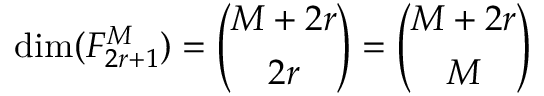
\mathrm { d i m } ( F _ { 2 r + 1 } ^ { M } ) = { \binom { M + 2 r } { 2 r } } = { \binom { M + 2 r } { M } }